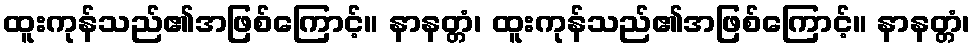
ထူးကုန်သည်၏အဖြစ်ကြောင့်။ နာနတ္တံ၊ ထူးကုန်သည်၏အဖြစ်ကြောင့်။ နာနတ္တံ၊